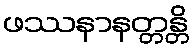
ဖဿနာနတ္တန္တိ